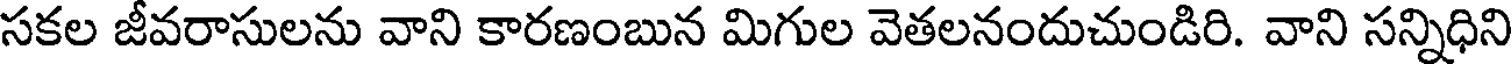
సకల జీవరాసులను వాని కారణంబున మిగుల వెతలనందుచుండిరి. వాని సన్నిధిని